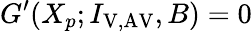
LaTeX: G^{\prime}(X_{p};I_{\mathrm{V,AV}},B)=0